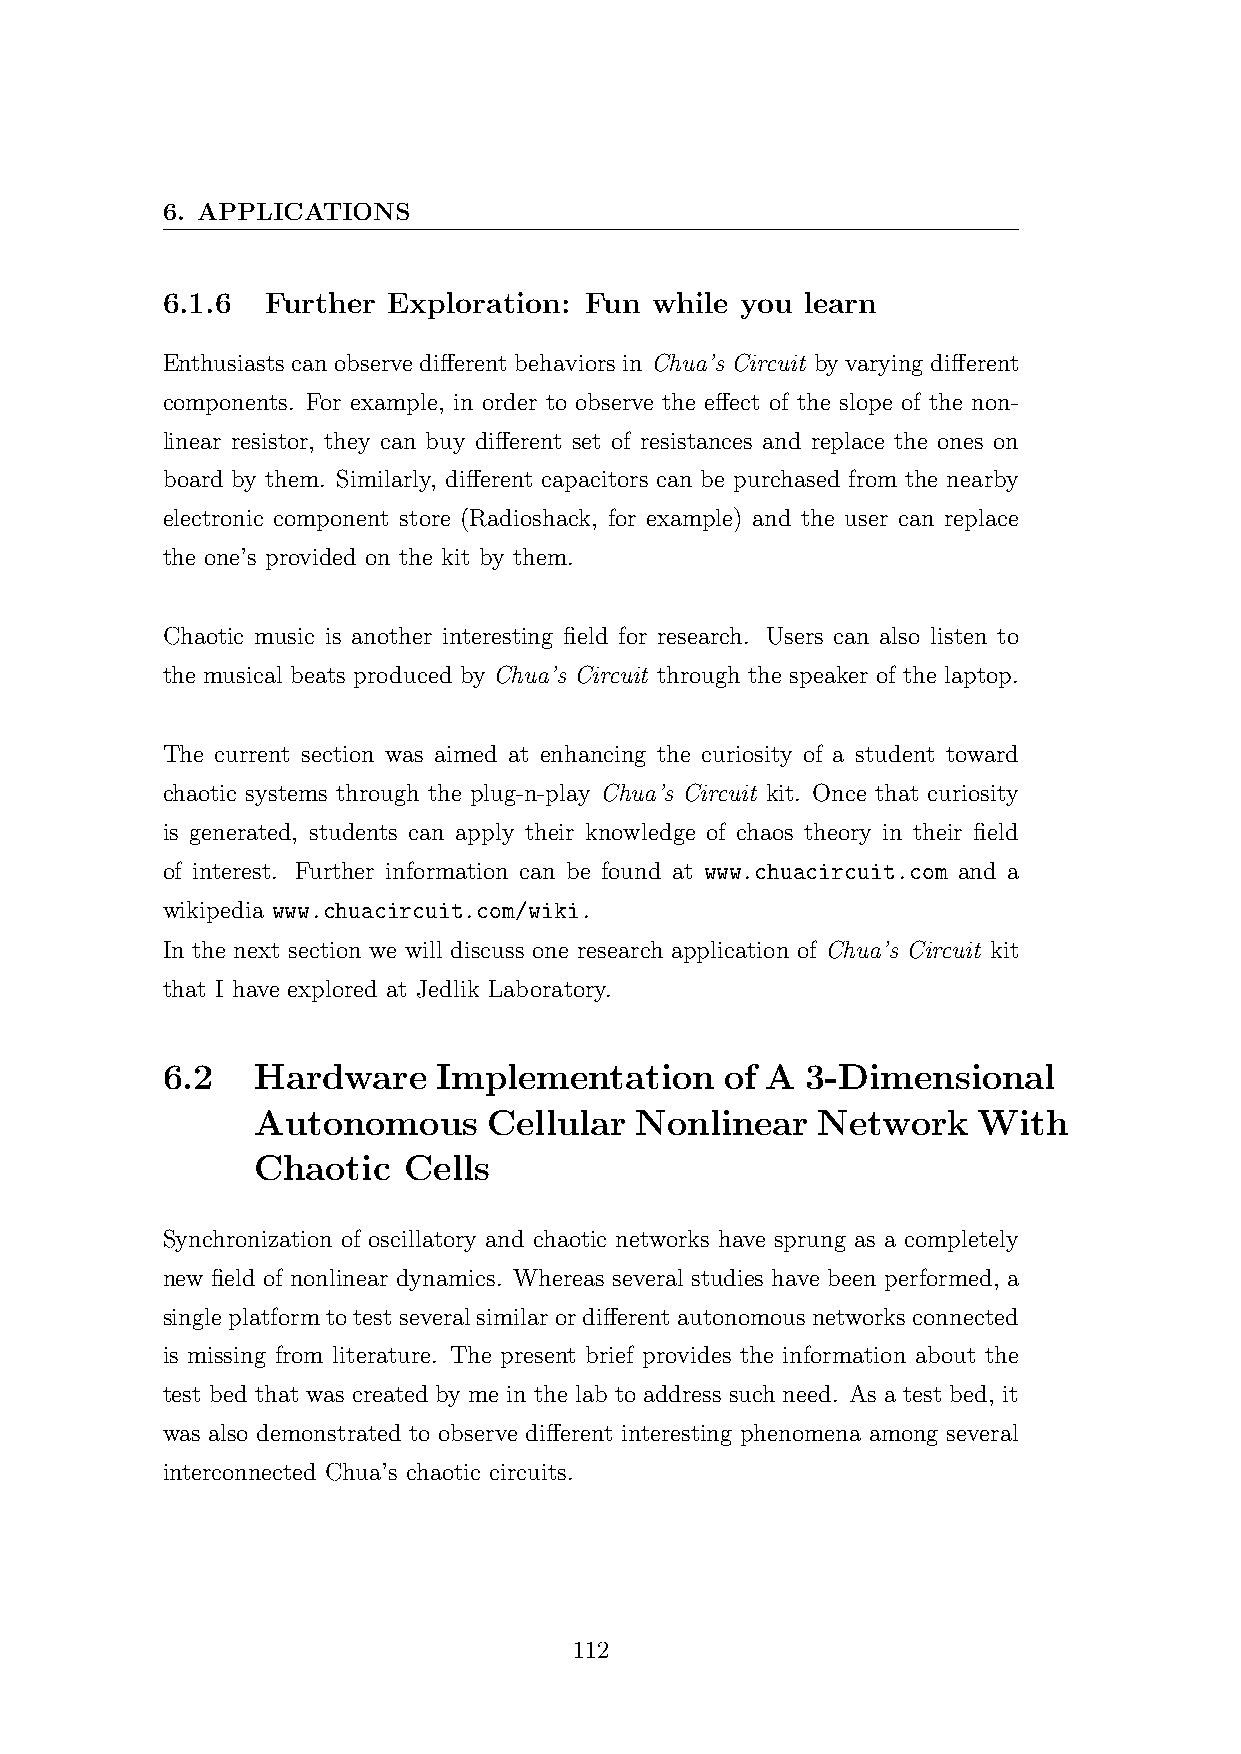
6. APPLICATIONS
 6.1.6  Further Exploration: Fun while you learn
 Enthusiasts can observe different behaviors in Chua’s Circuit by varying different
 components. For example, in order to observe the effect of the slope of the non-
 linear resistor, they can buy different set of resistances and replace the ones on
 board by them. Similarly, different capacitors can be purchased from the nearby
 electronic component store (Radioshack, for example) and the user can replace
 the one’s provided on the kit by them.
 Chaotic music is another interesting field for research. Users can also listen to
 the musical beats produced by Chua’s Circuit through the speaker of the laptop.
 The current section was aimed at enhancing the curiosity of a student toward
 chaotic systems through the plug-n-play Chua’s Circuit kit. Once that curiosity
 is generated, students can apply their knowledge of chaos theory in their field
 of interest. Further information can be found at www.chuacircuit.com and a
 wikipedia www.chuacircuit.com/wiki.
 In the next section we will discuss one research application of Chua’s Circuit kit
 that I have explored at Jedlik Laboratory.
 6.2   Hardware    Implementation     of A 3-Dimensional
 Autonomous     Cellular  Nonlinear   Network    With
 Chaotic   Cells
 Synchronization of oscillatory and chaotic networks have sprung as a completely
 new field of nonlinear dynamics. Whereas several studies have been performed, a
 singleplatformtotestseveralsimilarordifferentautonomousnetworksconnected
 is missing from literature. The present brief provides the information about the
 test bed that was created by me in the lab to address such need. As a test bed, it
 was also demonstrated to observe different interesting phenomena among several
 interconnected Chua’s chaotic circuits.
 112